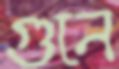
গুনে